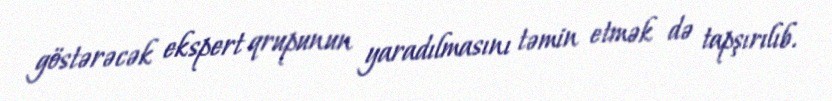
göstərəcək ekspert qrupunun yaradılmasını təmin etmək də tapşırılıb.